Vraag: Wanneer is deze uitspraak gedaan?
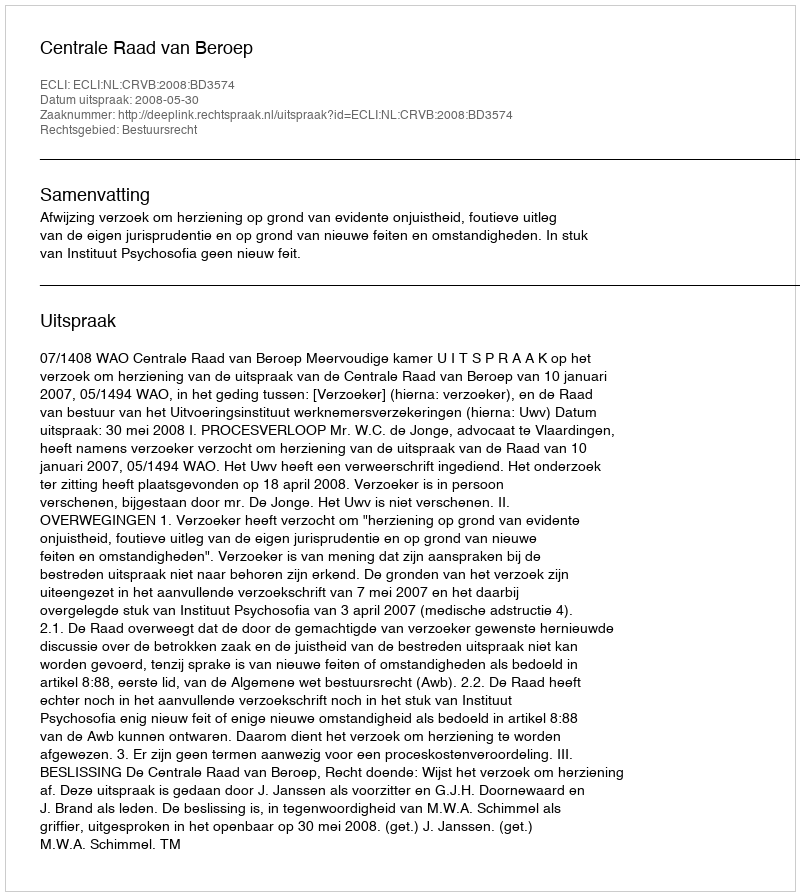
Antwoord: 2008-05-30